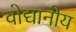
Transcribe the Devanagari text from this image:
वोद्यानोय